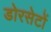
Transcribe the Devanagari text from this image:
डोरसेटों